Bréfritari: Soffía Daníelsdóttir
Viðtakandi: Jakobína Magnúsdóttir og Daníel Halldórsson
Dagsetning: A-1902-08-02
Skrifað á: Skeggjastöðum  N-Múl.
Soffía var dóttir Jakobínu og Daníels

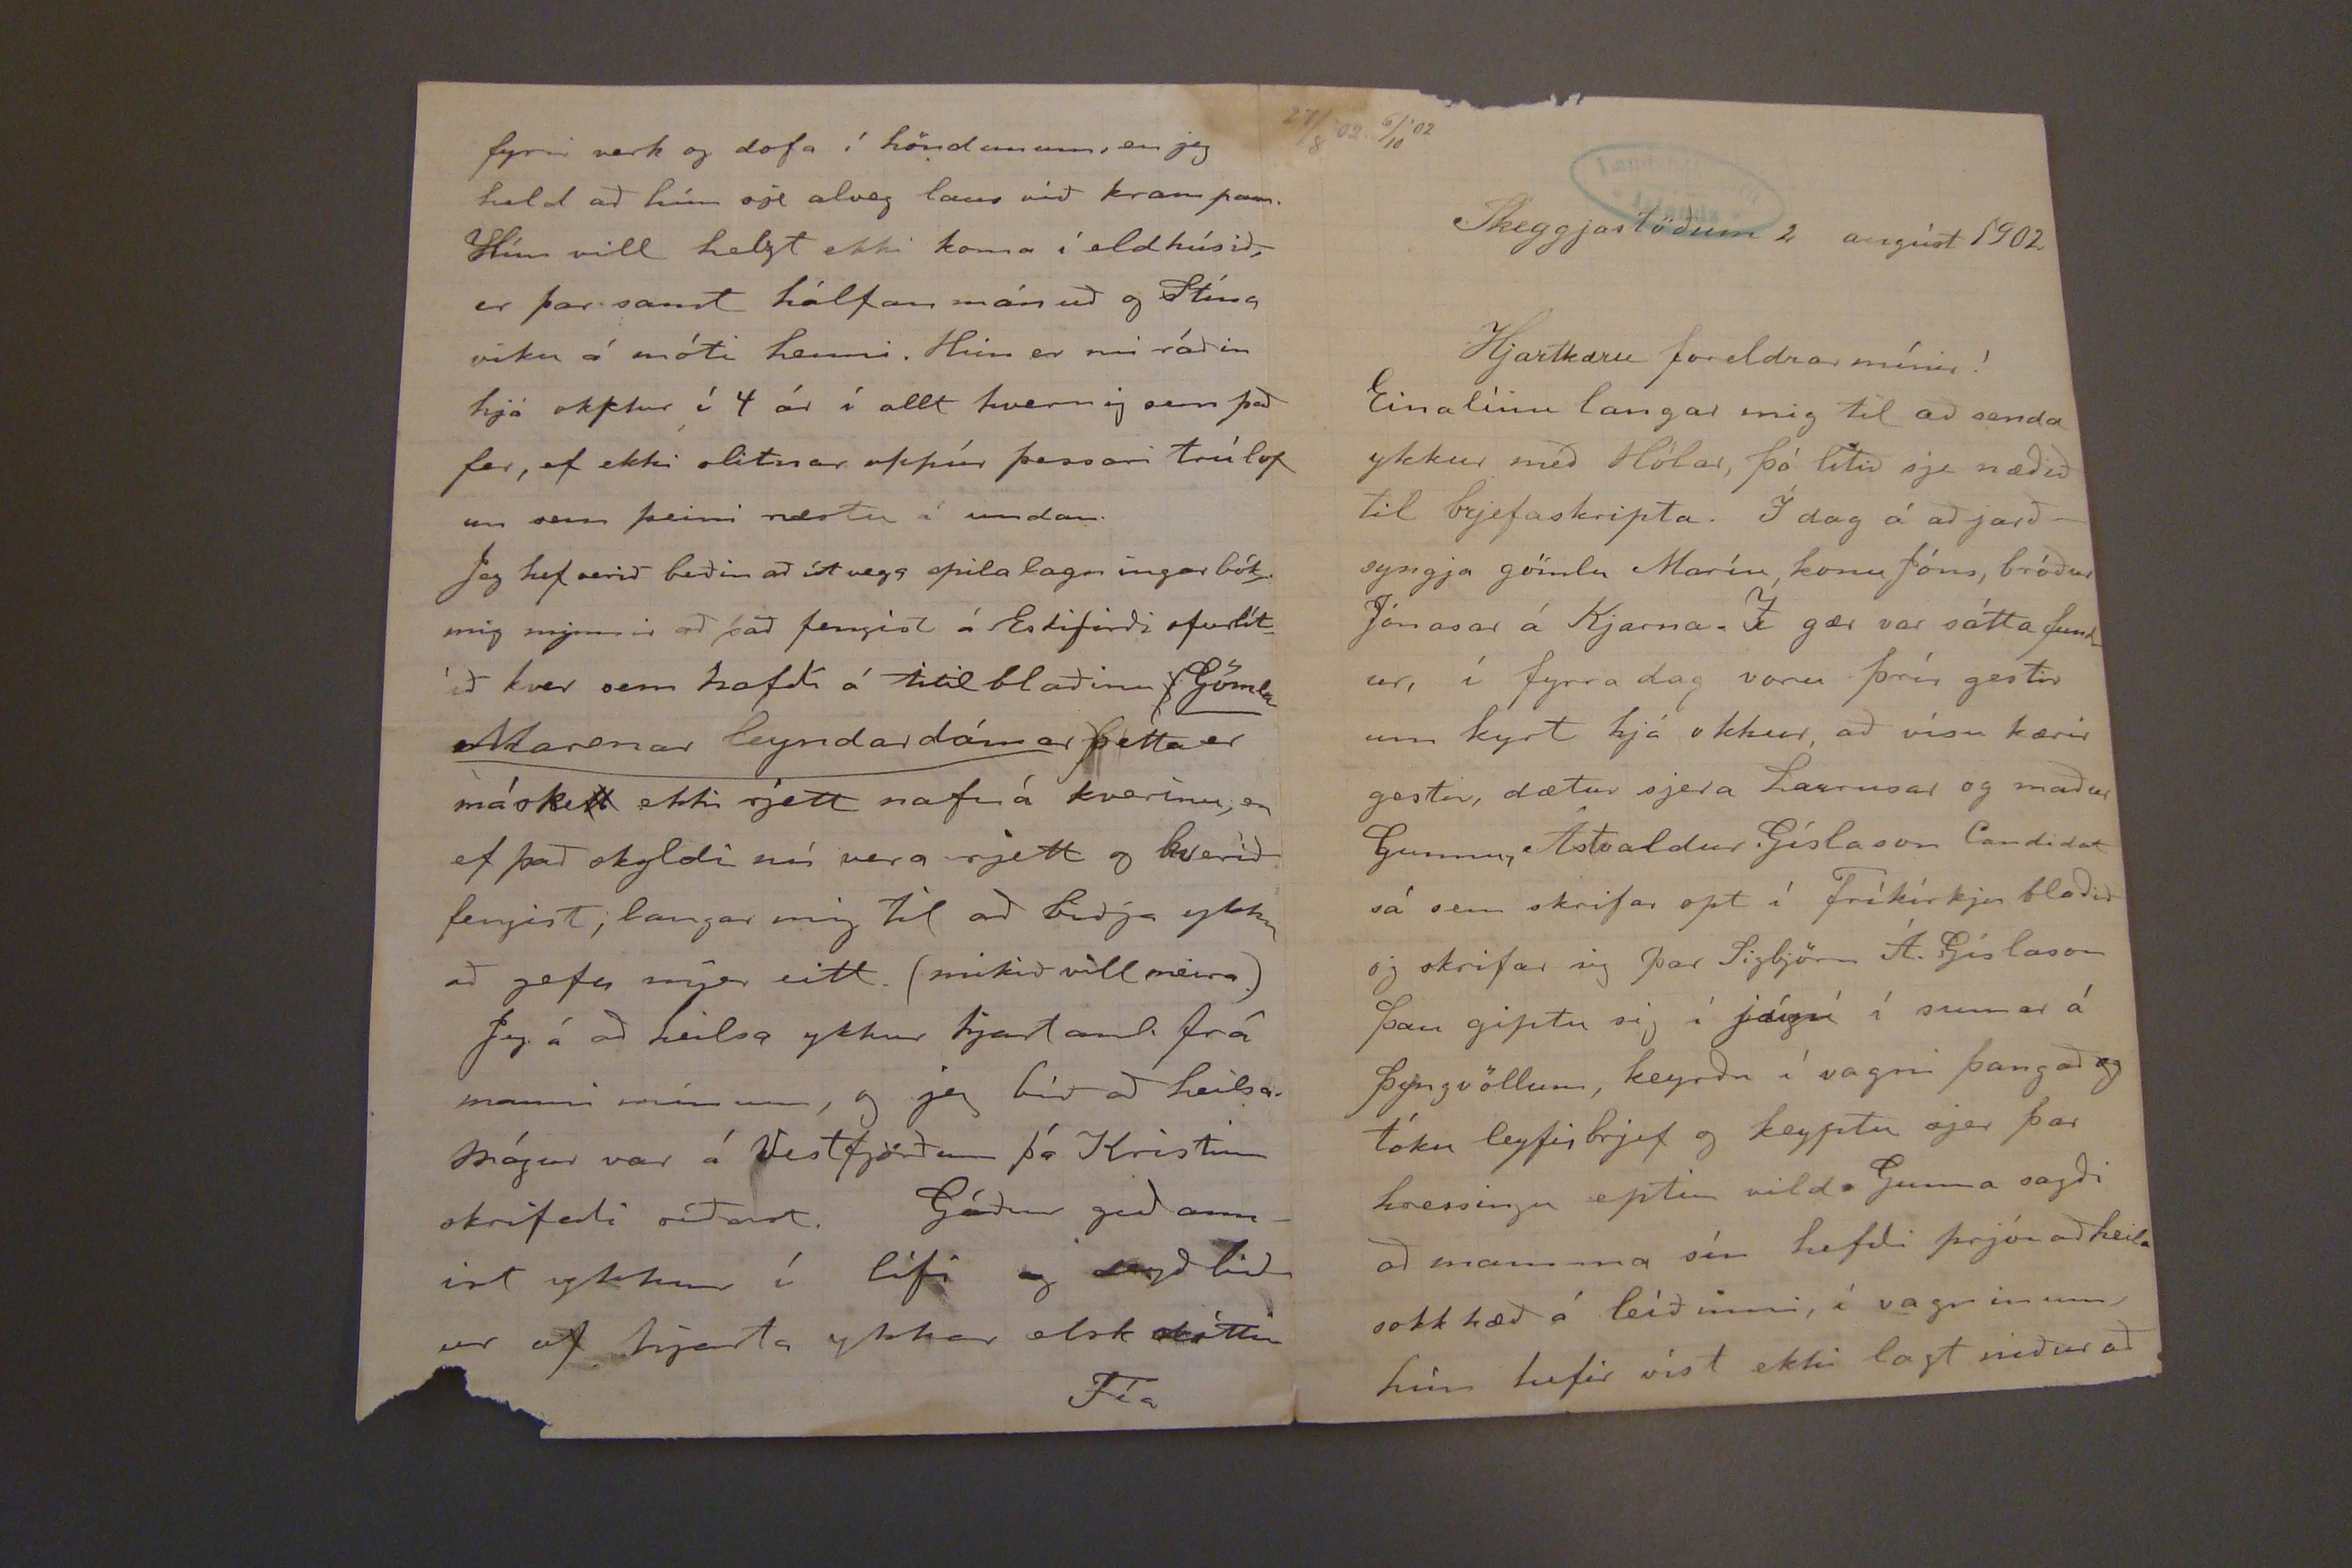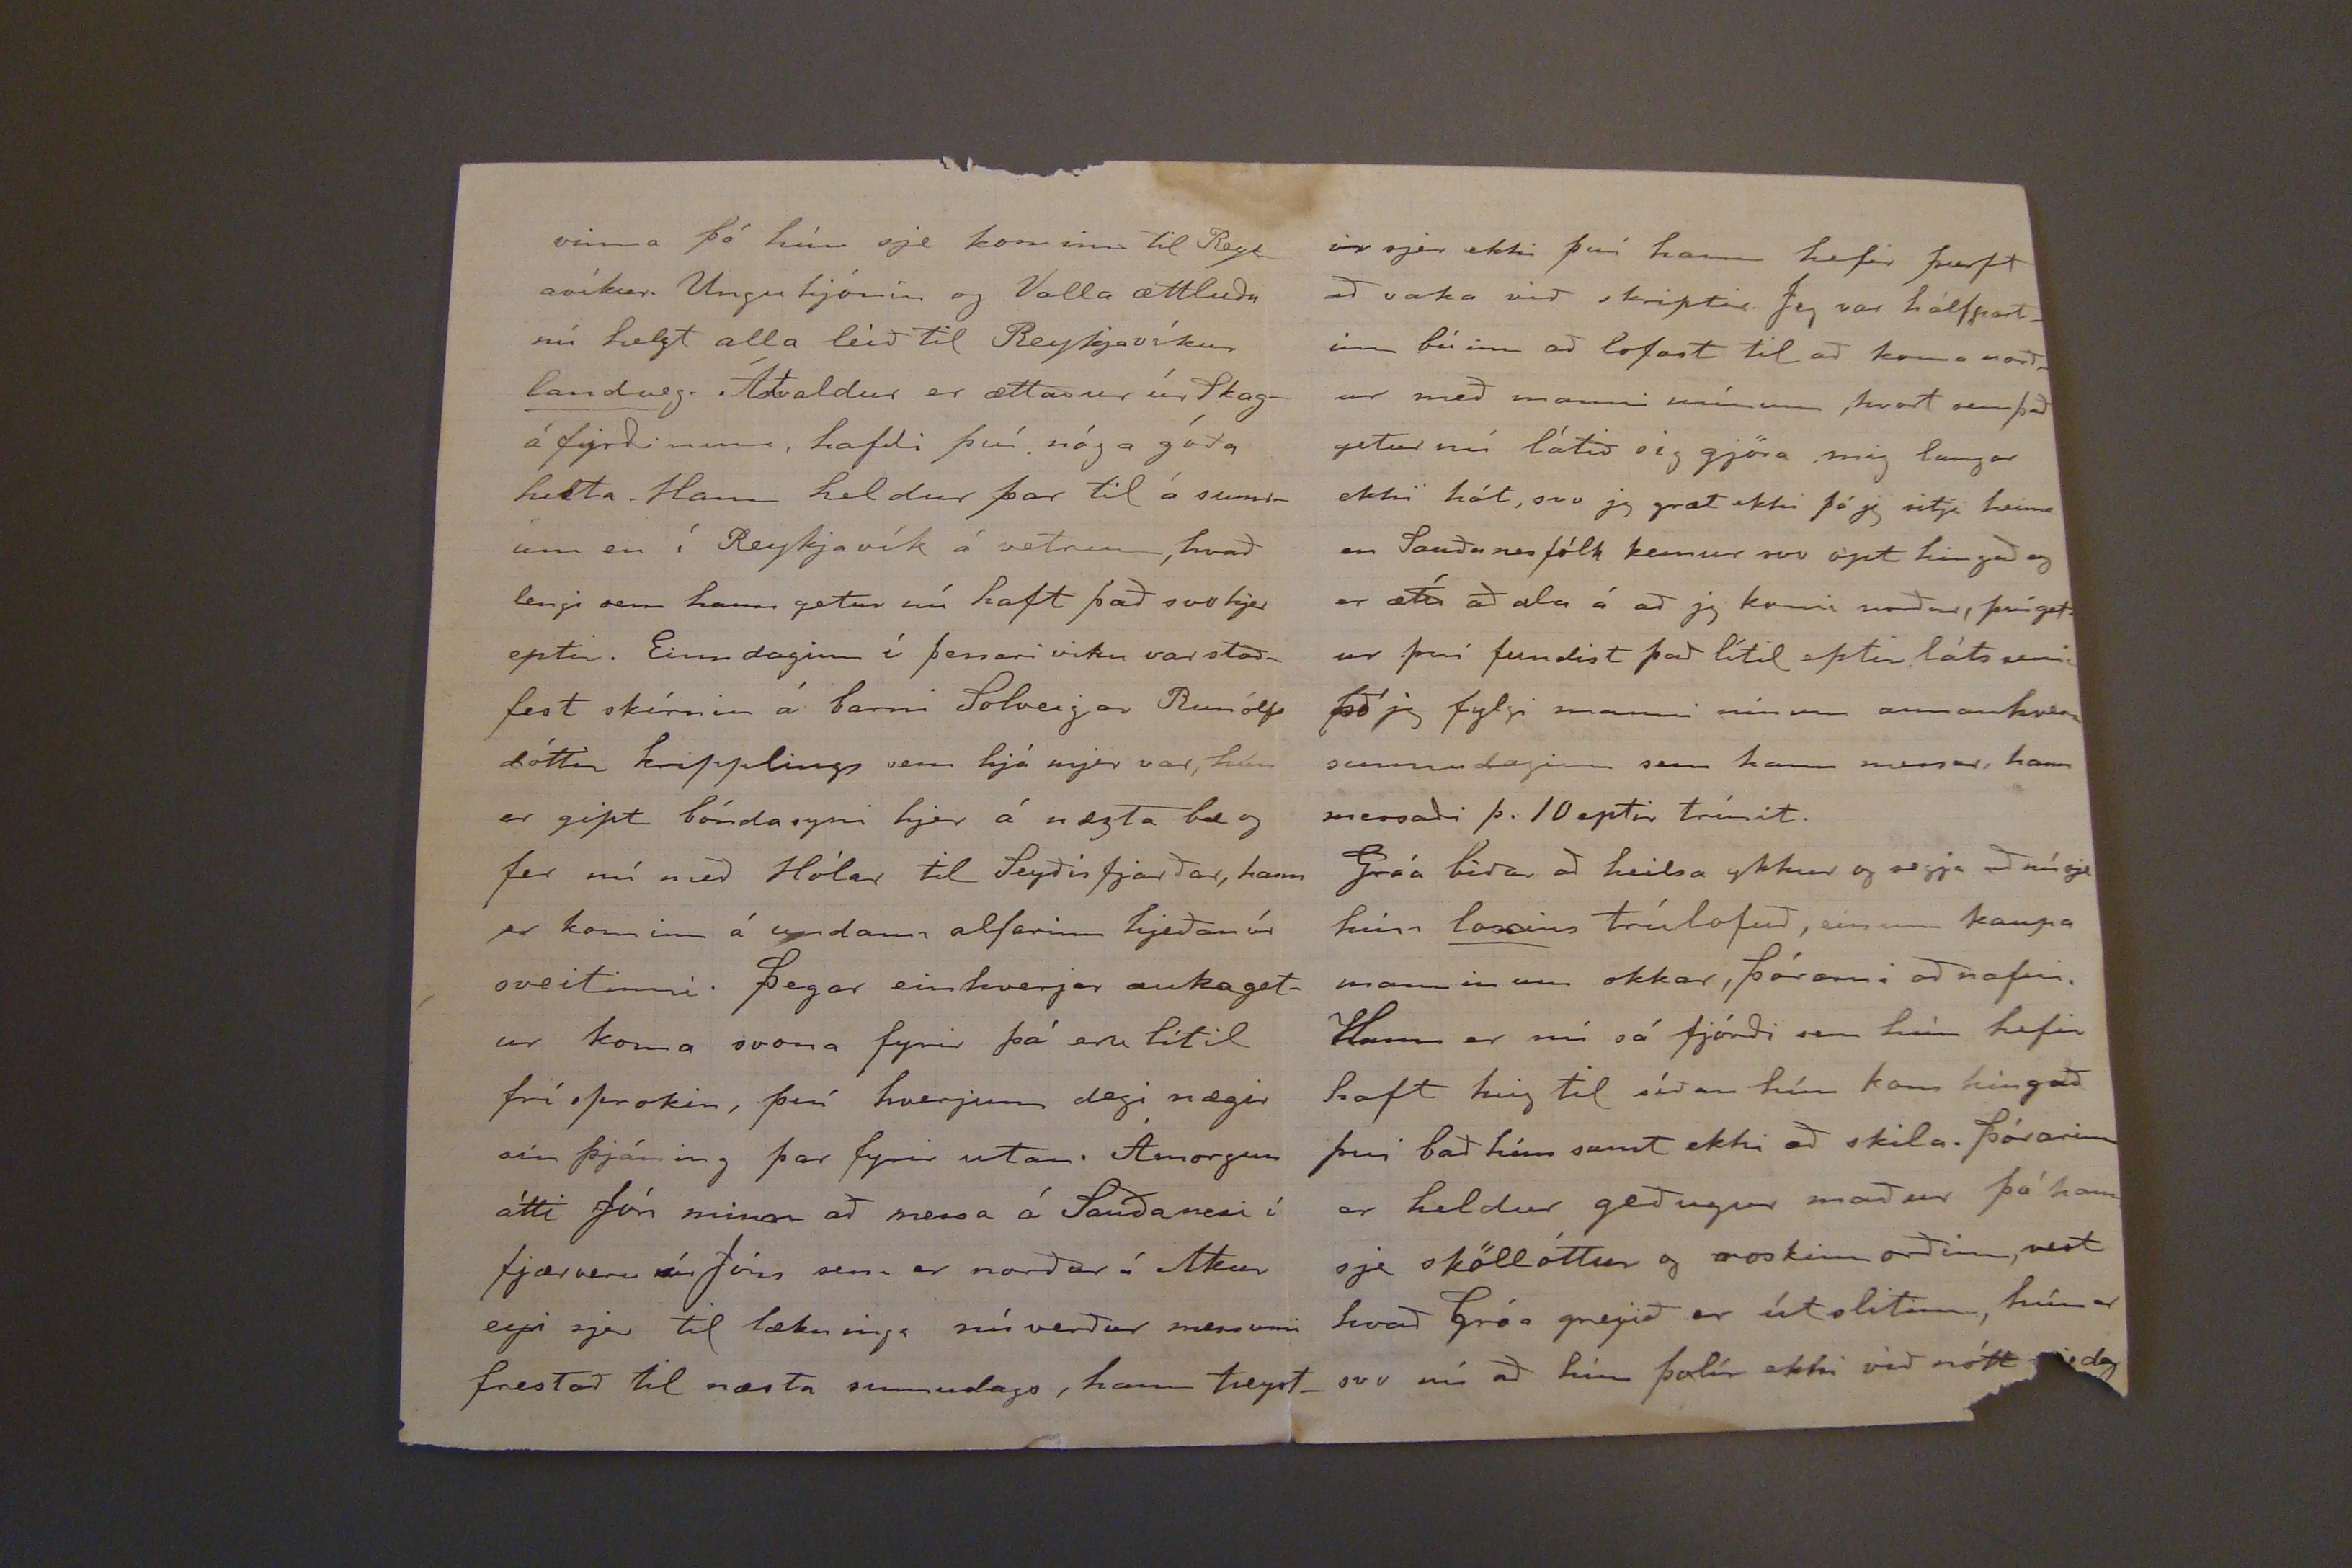

27/8'02. 6/10'02
Skeggjastöðum 2. ágúst 1902.
Hjartkæru foreldrar mínir!
Eina línu langar mig til að senda ykkur með Hólar, þó lítið sje næðið til brjefaskripta, Í dag á að jarðsyngja gömlu Maríu, konu Jóns, bróður Jónasar á Kjarna. Í gær var sátta fundur, í fyrra dag voru þrír gestir um kyrst hjá okkur, að vísu kærir gestir, dætur sjera Laurusar og maður Gunnu, Ástvaldur Gíslason Candidat sá sem skrifar opgt í Fríkírkju blaðið og skrifa sig þar Sigbjörn Á. Gíslason þau giptu sig í júní í sumar á þyngvöllum, keyrðu í vagni þangað og tóku leyfisbrjef og keyptu sjer þar hressingu eptir vild Gunna sagði að mamma sín hefði prjónað heila sokk hæð á leíðinni, í vagninum, hún hefir víst ekki lagt niður að
vinna þó hún sje kominn til Reyk avíkur Ungu hjónin og Valla ættluðu nú helzt alla leið til Reýkjavíkur
landveg.
Ástvaldur er ættaður úr SKagáfyrðinum, hafði því nóga góða hesta. Hann heldur þar til á sumrinu en í Reykjavík á vetrum, hvað lengi sem hann getur haft það svo hjer eptir, Einn daginn í þessari viku var staðfest skírnin á barni Solveigar Runólfs dóttir kripplings sem hjá mer var, hún er gipt bóndasyni hjer á næzta bæ og fer nú með Hólar til Seyðisfjarðar, hann er kominn á undann alfarinn hjeðan úr sveitinni. þegar einhverjar aukagetur koma svona fyrir þá er lítil frí sprokin, því hverjum degi nægir sín þjáning þar fyrir utan. Ámorgun átti Jón minn að messa á Sauðanesi í fjærveru sír Jóns sem er norður á Akur eyri sjer til lækninga nú verður messunni frestað til næsta sunnudags, hann treyst-
fyrri verk og dofa í höndunum, en jeg held að hún sje alveg laus við krampann. Hún vill helzt ekki koma í eldhúsið, er þar samt hálfan mánuð og Stína viku á móti henni. Hún er nú ráðin hjá okklur í 4 ár í allt hvernig sem það fer, ef ekki slitnar uppúr þessari trúlof un sem þeim næstu á undan.
Jeg hef verið beðin að útvega spilalagningarbók. mig mynnir að það fengist á Eskifirði ofurlítið kver sem hafðí á titil blaðinu
Gömlu Marenar leyndardómar
þetta er máske
tt
ekki rjett nafn á kverinu, en ef það skyldi nú vera rjett og kverið fengist, langar mig til að biðja ykkur að gefa mjer eitt. (mikið vill meira.)
Jeg á að heilsa ykkur hjartanl. frá manni mínum, og jeg bið að heilsa mágur var á Vestfjörðum þá Kristinn skrifaði síðast. Góður guð annist ykkur í lifi og
það
biður af hjarta ykkar elsk dóttir
Fía
ir sjer ekki því hann hefir þurft að vaka við skriptir Jeg var hálfpartinn búinn að lofast til að koma norður með manni mínum, hvort sem það getur nú látið sig gjöra mig langar ekki hót, svo eg græt ekki þó jeg sitji heima en Sauðanesfólk kemur svo opt hingað og er ætíð að ala á að jeg komi norður, því getur því fundist það lítil eptir láts semi þó jeg fylgi manni mínum annanhvern sunnudaginn sem hann messar, hann messaði þ. 10 eptir trínit.
Gróa biður að heilsa ykkur og segja að nú sje hún
loxins
trúlofuð, einum kaupa manninum okkar, þórarni að nafni. Hann er nú sá fjórði sem hún hefir haft hug til síðan hún kom híngað því bað hún samt ekki að skila. þórarinn er heldur geðugur maður þó hann sje sköllóttur og roskinn orðinn, vest hvað Gróa greyið er útslitinn, hún er svo nú að hún þolír ekki við nótt nje dag